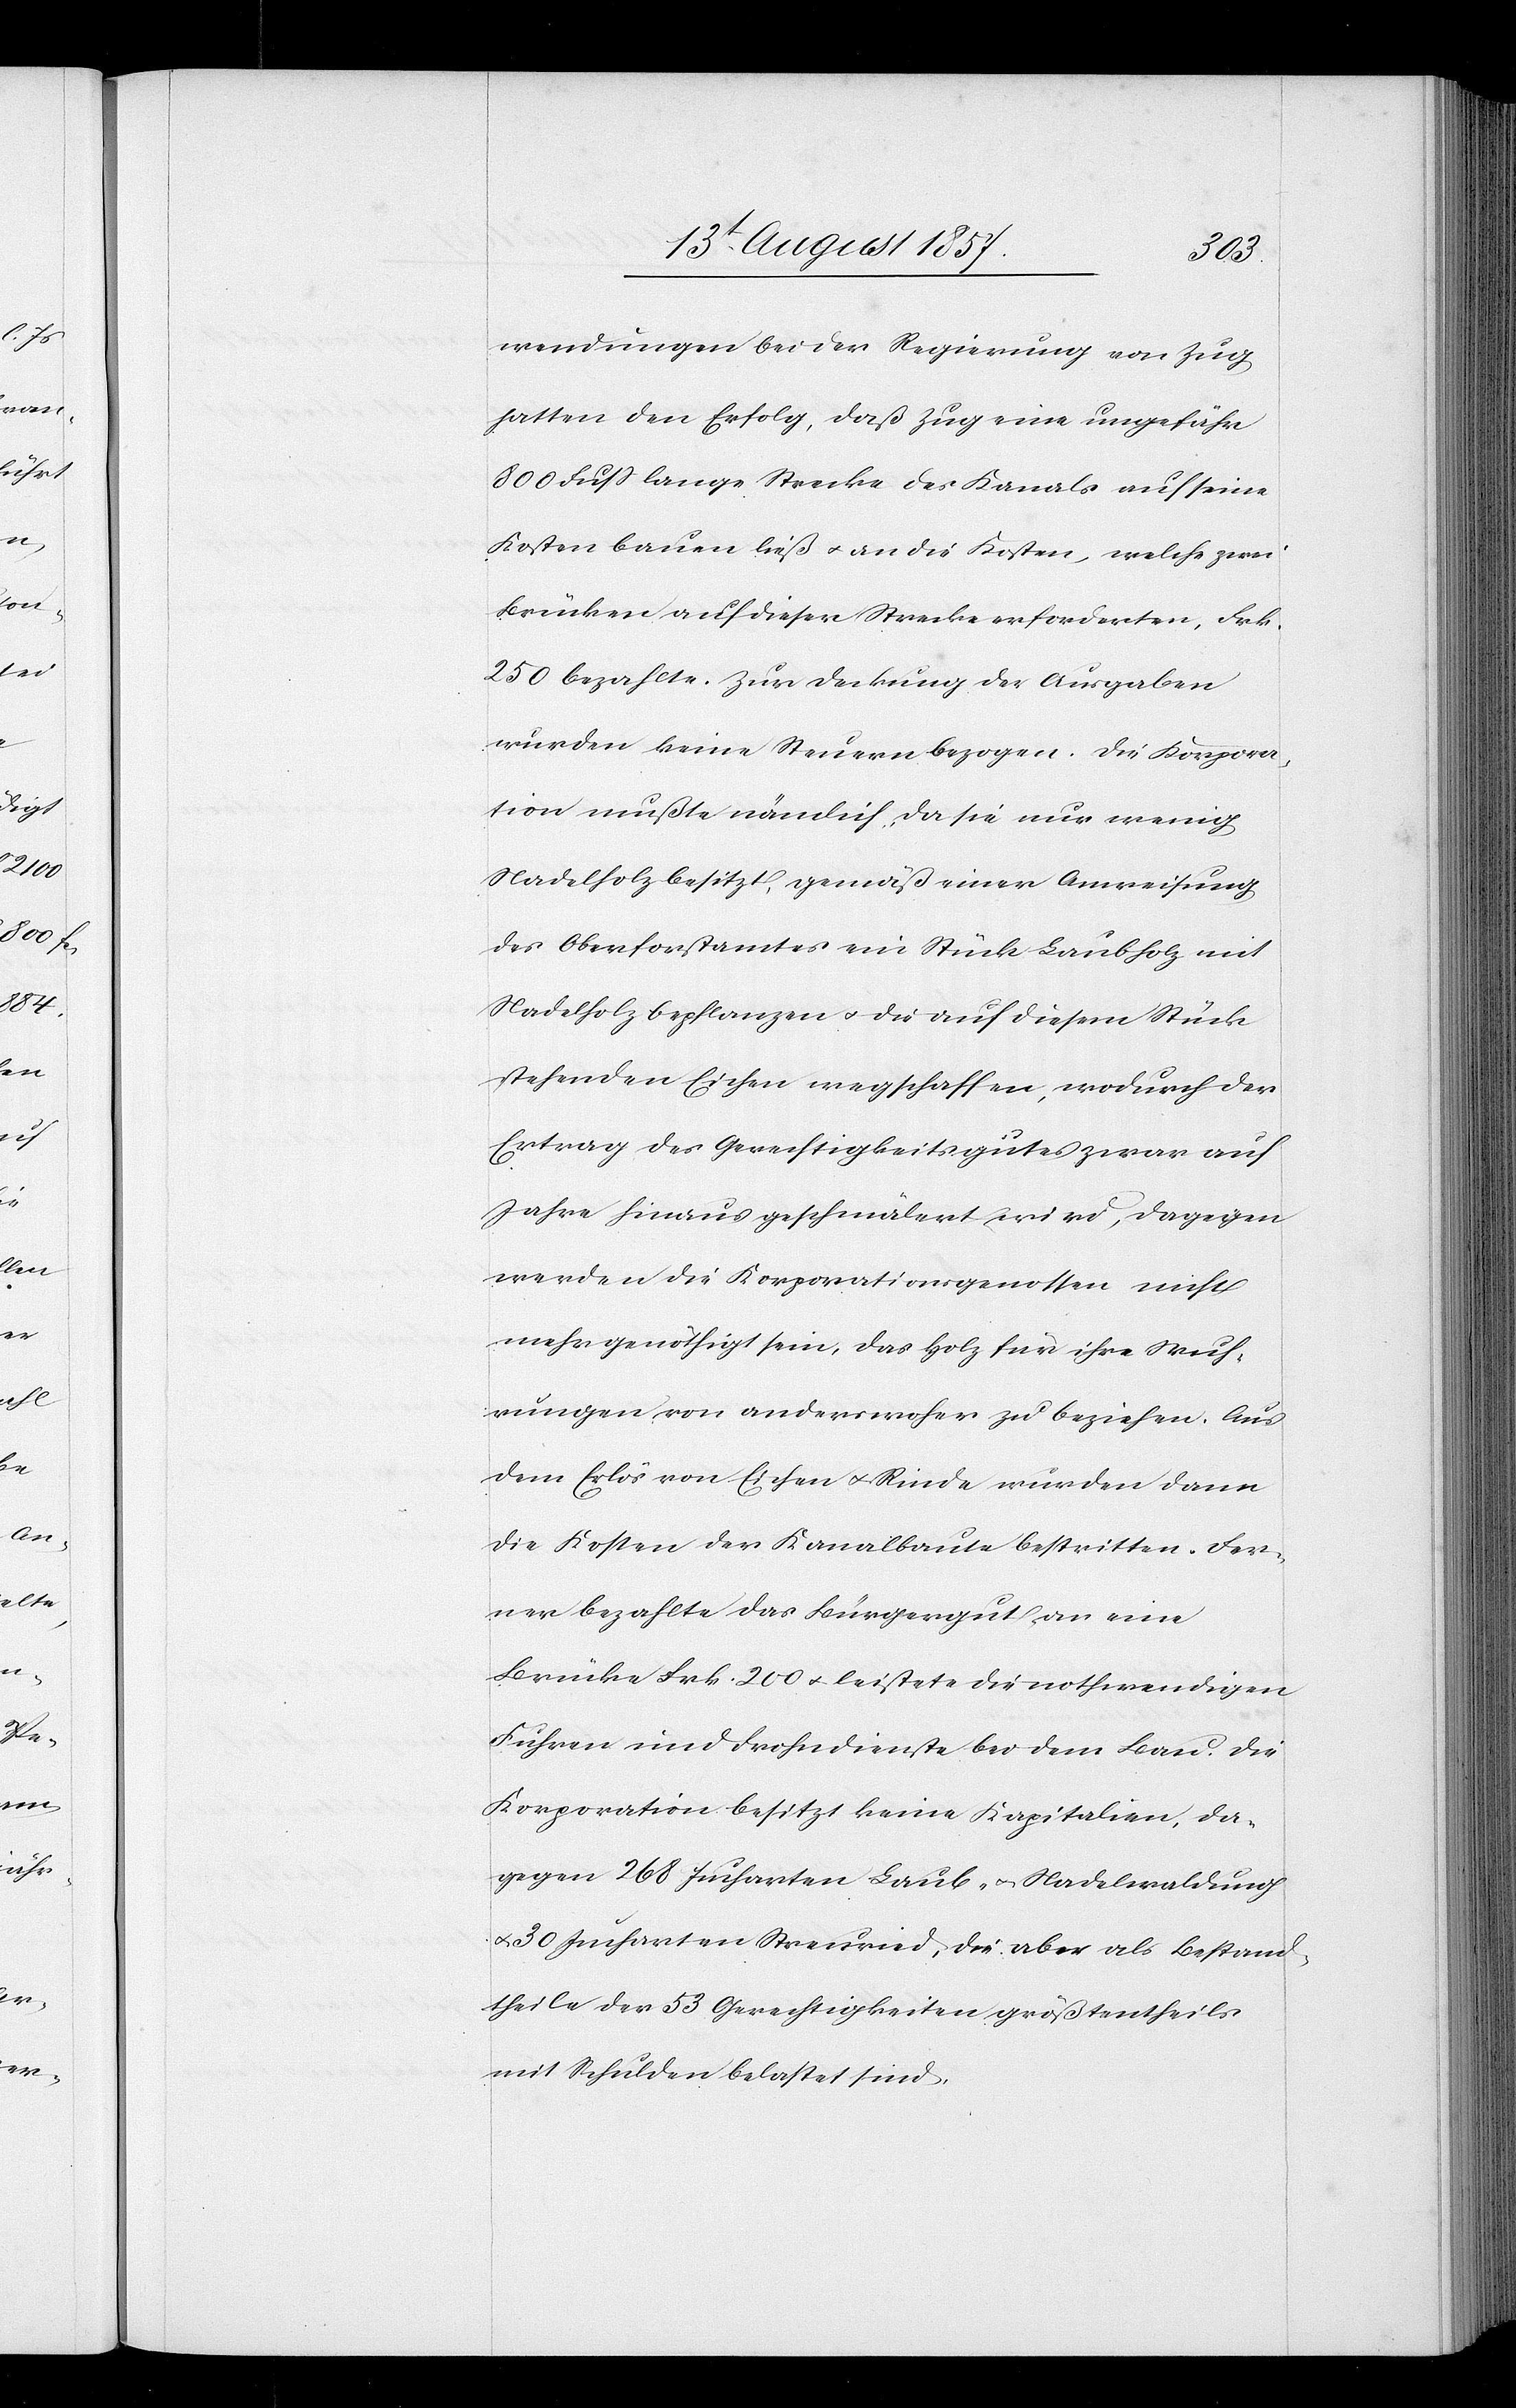
wendungen bei der Regierung von Zug,
hatten den Erfolg, daß Zug eine ungefähr
800 Fuß lange Strecke des Kanals auf seine
Kosten bauen ließ & an die Kosten, welche zwei
Brücken auf dieser Strecke erforderten, Frk.
250 bezahlte. Zur Deckung der Ausgaben
wurden keine Steuern bezogen. Die Korpora¬
tion mußte nämlich, da sie nur wenig
Nadelholz besitzt, gemäß einer Anweisung
des Oberforstamtes ein Stück Laubholz mit
Nadelholz bepflanzen & die auf diesem Stück
stehenden Eichen wegschaffen, wodurch der
Ertrag der Gerechtigkeitsgutes zwar auf
Jahre hinaus geschmälert wird, dagegen
werden die Korporationsgenossen nicht
mehr genöthigt sein, das Holz für ihre Wuh¬
rungen von anderswoher zu beziehen. Aus
dem Erlös von Eichen & Rinde wurden dann
die Kosten der Kanalbaute bestritten. Fer¬
ner bezahlte das Bürgergut an eine
Brücke Frk. 200 & leistete die nothwendigen
Fuhren und Frohndienste bei dem Bau. Die
Korporation besitzt keine Kapitalien, da¬
gegen 268 Jucharten Laub- u. Nadelwaldung
& 30 Jucharten Streuried, die aber als Bestand¬
theil der 53 Gerechtigkeiten größtentheils
mit Schulden belastet sind.